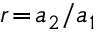
r \! = \! a _ { 2 } / a _ { 1 }